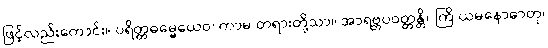
ဖြင့်လည်းကောင်း။ ပရိတ္တဓမ္မေယေဝ၊ ကာမ တရားတို့သာ။ အာရဗ္ဘပဝတ္တန္တိ။ ကြိ ယမနောဓာတု၊